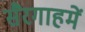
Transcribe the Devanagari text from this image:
सैरगाहमें